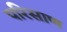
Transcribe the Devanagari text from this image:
परिसाण